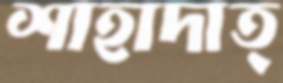
শাহাদাত্